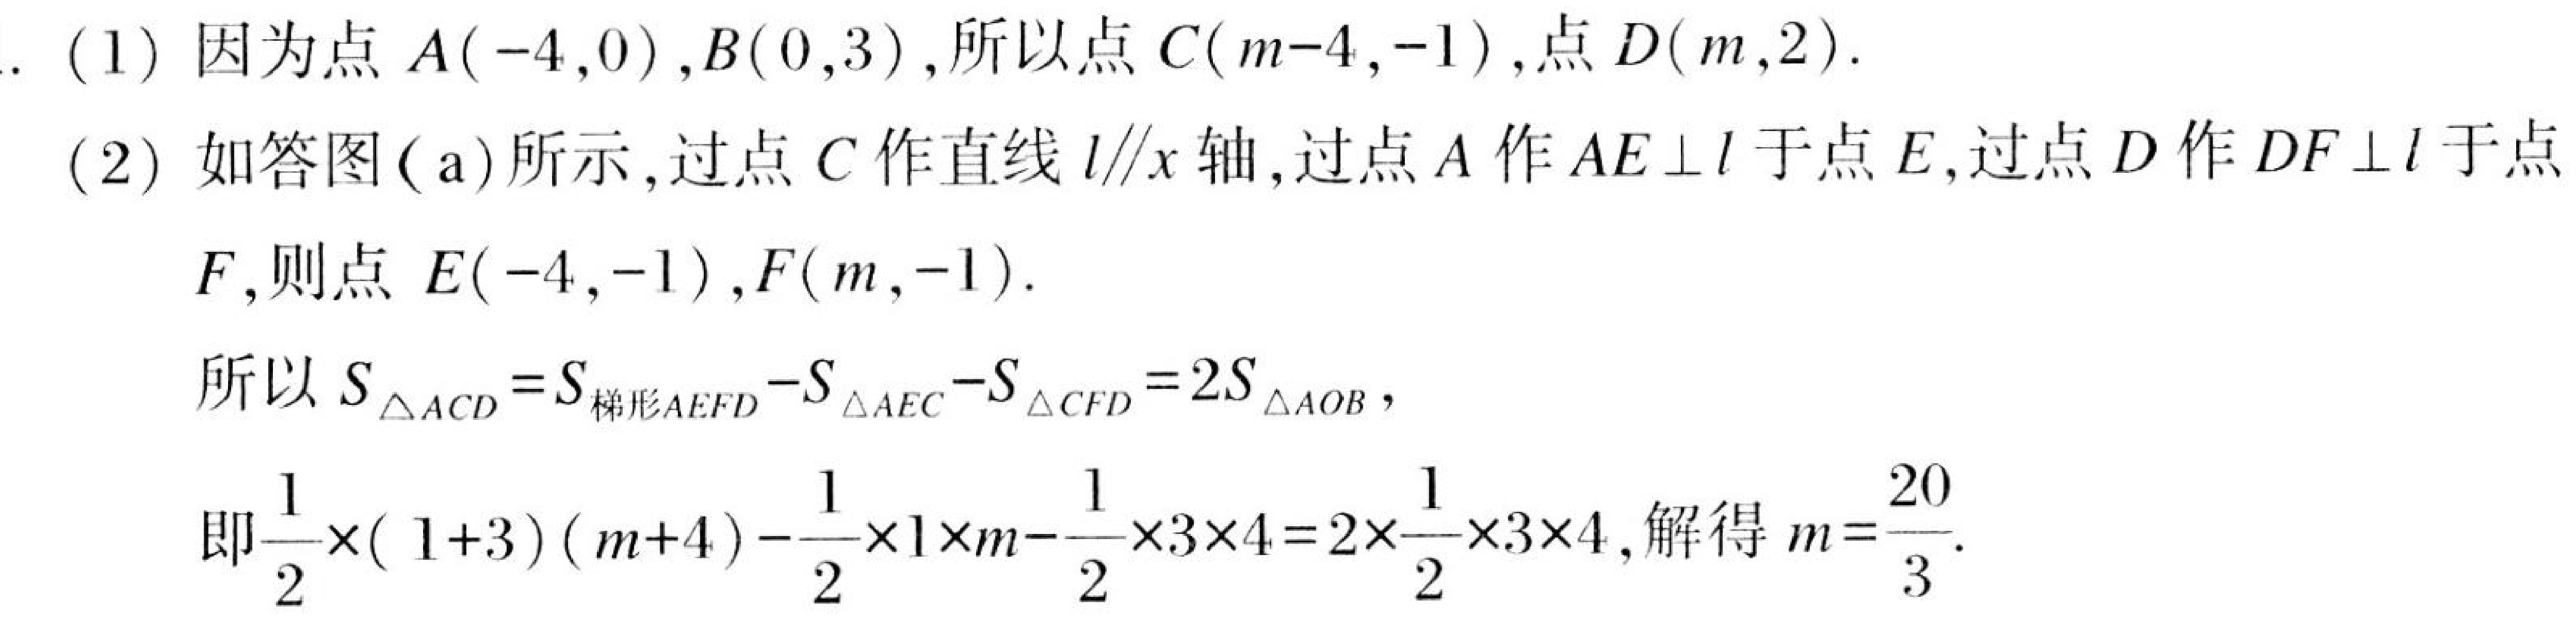
(1) 因为点$A(-4,0),B(0,3)$, 所以点$C(m - 4,-1)$, 点$D(m,2)$.
(2) 如答图 (a) 所示, 过点$C$作直线$l\parallel x$轴, 过点$A$作$AE\perp l$于点$E$, 过点$D$作$DF\perp l$于点$F$, 则点$E(-4,-1),F(m,-1)$.

所以$S_{\triangle ACD}=S_{梯形AEFD}-S_{\triangle AEC}-S_{\triangle CFD}=2S_{\triangle AOB}$,

即$\frac{1}{2}\times(1 + 3)(m + 4)-\frac{1}{2}\times1\times m-\frac{1}{2}\times3\times4=2\times\frac{1}{2}\times3\times4$, 解得$m=\frac{20}{3}$.